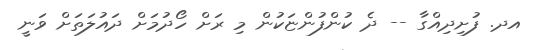
އދ. ފުށިދިއްގާ -- ދެ ކުންފުންޏަކުން މި ރަށް ހޯދުމަށް ދައުލަތަށް ވަނީ